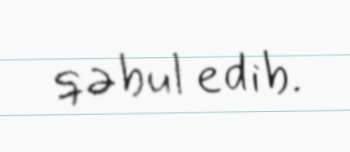
qəbul edib.